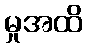
မှုအထိ